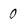
Character: 0